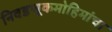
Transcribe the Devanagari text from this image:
निवडणूकमोहिमांचा